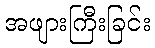
အဖျားကြီးခြင်း